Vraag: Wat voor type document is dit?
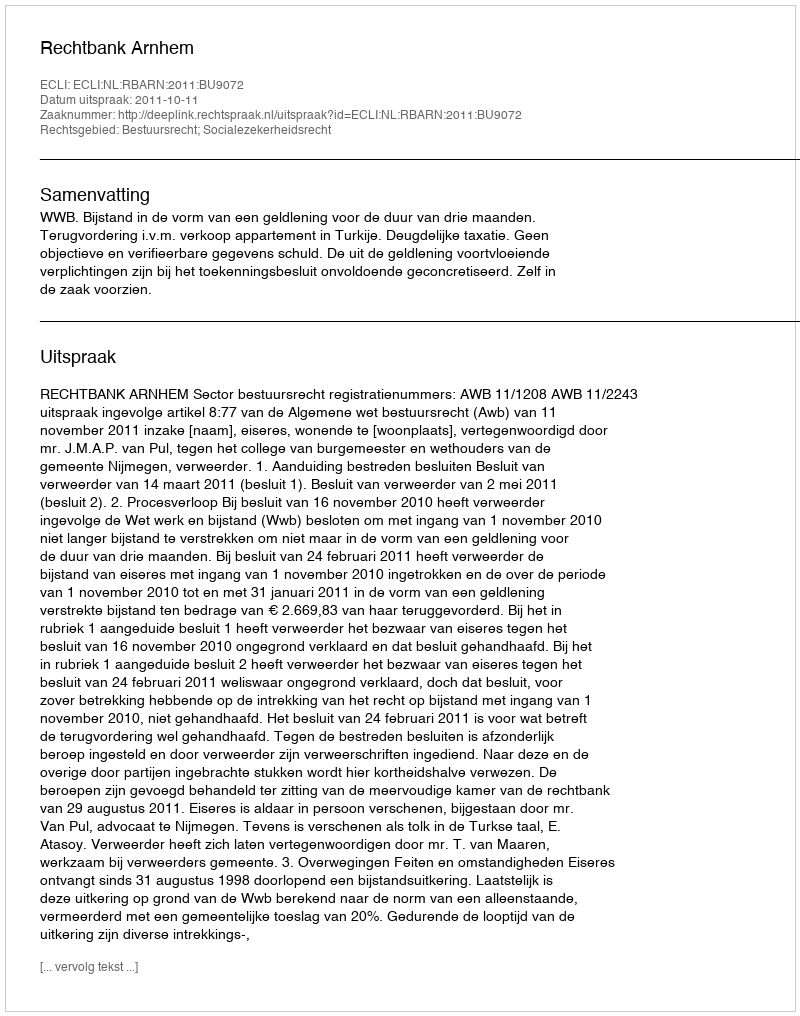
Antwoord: Uitspraak